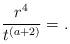
LaTeX: \begin{align*}\frac{r^{4}}{t^{\left( a+2\right) }}=. \end{align*}